Indian journal of veterinary science and animal husbandry - Volumes 18-21, 1948-1951
Year: 1948
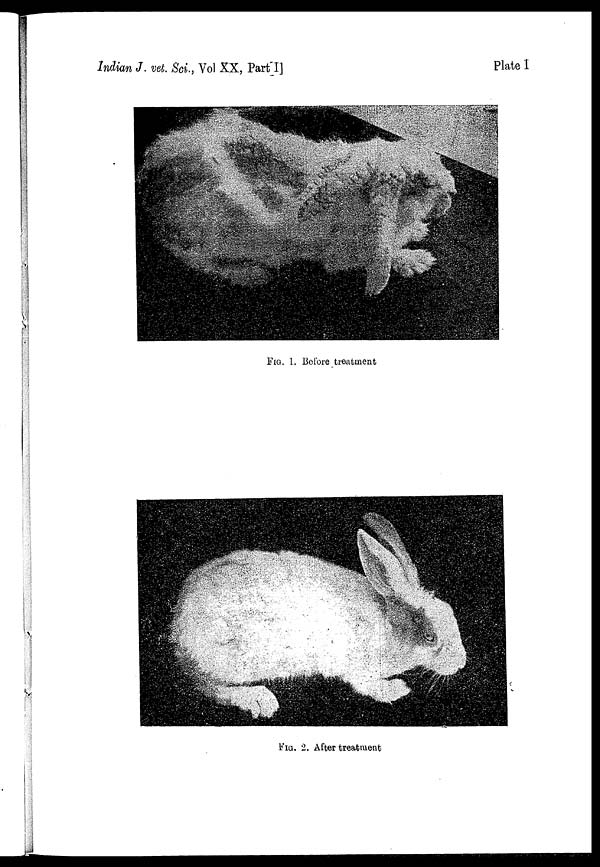
Indian J. vet. Sci., Vol XX, Part I]
Plate I
FIG. 1. Before treatment
FIG. 2. After treatment